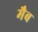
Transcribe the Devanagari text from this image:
मैब